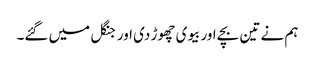
ہم نے تین بچے اور بیوی چھوڑ دی اور جنگل میں گئے۔